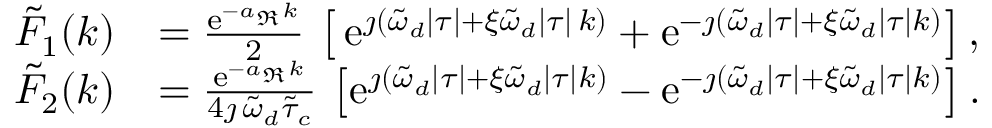
\begin{array} { r l } { \tilde { F } _ { 1 } ( k ) } & { = \frac { \mathrm { e } ^ { - a _ { \Re } k } } { 2 } \, \left[ \, \mathrm { e } ^ { \jmath \left( \tilde { \omega } _ { d } \lvert \tau \rvert + \xi \tilde { \omega } _ { d } \lvert \tau \rvert \, k \right) } + \mathrm { e } ^ { - \jmath \left( \tilde { \omega } _ { d } \lvert \tau \rvert + \xi \tilde { \omega } _ { d } \lvert \tau \rvert k \right) } \right] , } \\ { \tilde { F } _ { 2 } ( k ) } & { = \frac { \mathrm { e } ^ { - a _ { \Re } k } } { 4 \jmath \, \tilde { \omega } _ { d } \tilde { \tau } _ { c } } \, \left[ \mathrm { e } ^ { \jmath \left( \tilde { \omega } _ { d } \lvert \tau \rvert + \xi \tilde { \omega } _ { d } \lvert \tau \rvert k \right) } - \mathrm { e } ^ { - \jmath \left( \tilde { \omega } _ { d } \lvert \tau \rvert + \xi \tilde { \omega } _ { d } \lvert \tau \rvert k \right) } \right] . } \end{array}